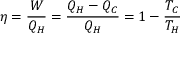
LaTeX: \eta = { \frac { W } { Q _ { H } } } = { \frac { Q _ { H } - Q _ { C } } { Q _ { H } } } = 1 - { \frac { T _ { C } } { T _ { H } } } \quad \quad \quad \quad \quad \quad \quad \quad